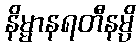
နိမ္မာနရတီနမ္ပိ